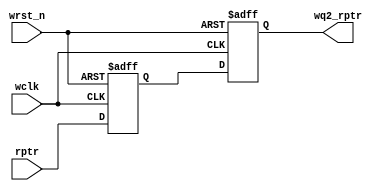
/*
   ******  Multi flop synchronizer Block ******
   by:
       Mohamed Hazem Mamdouh
       28-1-2022
       5:18 PM   
*/

module sync_r2w # (
                      parameter ADDR  = 3
                  )

(
    input  wire                        wclk,
    input  wire                        wrst_n,
    input  wire  [ADDR:0]              rptr,
    output reg   [ADDR:0]              wq2_rptr

);


// internal signal

reg        [ADDR:0]            wq1_rptr;


//----------------- Multi flop synchronizer --------------//



always@(posedge wclk or negedge wrst_n)

  begin
  if(!wrst_n)
  begin
  wq2_rptr <= 0;
  wq1_rptr <= 0;
  end
  else
  begin
  {wq2_rptr,wq1_rptr} <= {wq1_rptr,rptr};                // synchronize the read pointer into the write-clock domain by 2 dff
  end
  end
 

endmodule